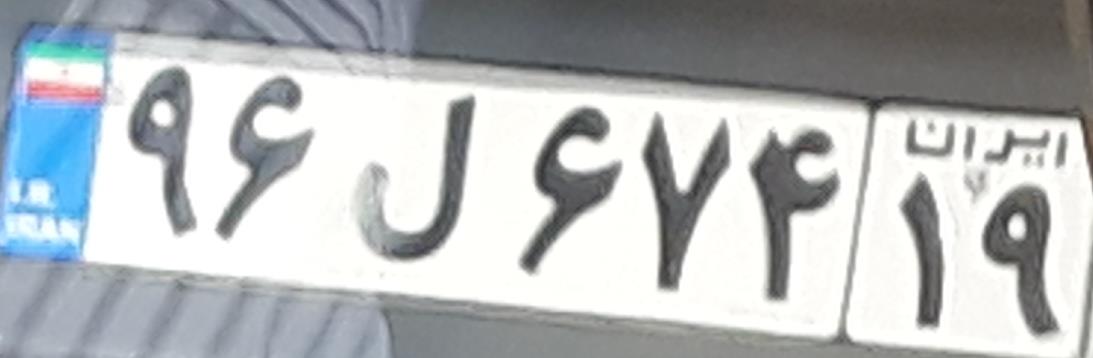
۹۶ل۶۷۴۱۹